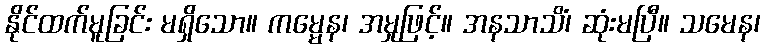
နိုင်ထက်မူခြင်း မရှိသော။ ကမ္မေန၊ အမှုဖြင့်။ အနသာသိံ၊ ဆုံးမပြီ။ သမေန၊